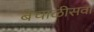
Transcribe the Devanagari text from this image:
बेचाळीसवा